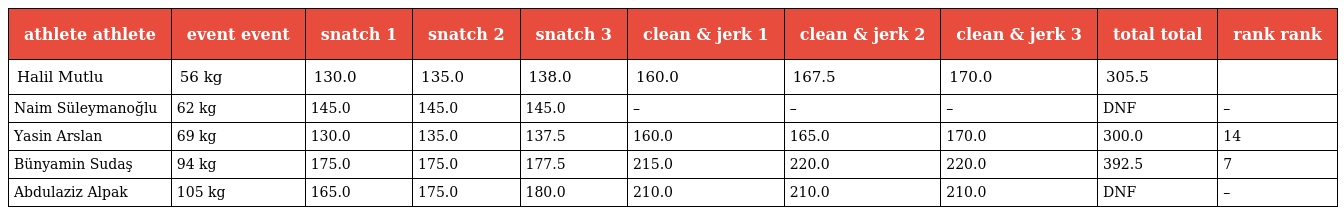
| athlete athlete | event event | snatch 1 | snatch 2 | snatch 3 | clean & jerk 1 | clean & jerk 2 | clean & jerk 3 | total total | rank rank |
 | --- | --- | --- | --- | --- | --- | --- | --- | --- | --- |
 | Halil Mutlu | 56 kg | 130.0 | 135.0 | 138.0 | 160.0 | 167.5 | 170.0 | 305.5 |  |
 | Naim Süleymanoğlu | 62 kg | 145.0 | 145.0 | 145.0 | – | – | – | DNF | – |
 | Yasin Arslan | 69 kg | 130.0 | 135.0 | 137.5 | 160.0 | 165.0 | 170.0 | 300.0 | 14 |
 | Bünyamin Sudaş | 94 kg | 175.0 | 175.0 | 177.5 | 215.0 | 220.0 | 220.0 | 392.5 | 7 |
 | Abdulaziz Alpak | 105 kg | 165.0 | 175.0 | 180.0 | 210.0 | 210.0 | 210.0 | DNF | – |